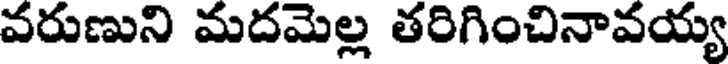
వరుణుని మదమెల్ల తరిగించినావయ్య